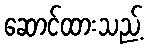
ဆောင်ထားသည့်